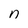
Character: n